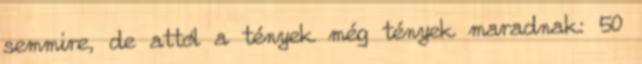
semmire, de attól a tények még tények maradnak: 50